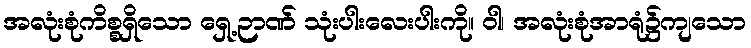
အလုံးစုံကိစ္စရှိသော ရှေ့ဉာဏ် သုံးပါးလေးပါးကို။ ဝါ၊ အလုံးစုံအာရုံ၌ကျသော